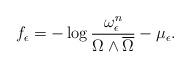
LaTeX: \begin{align*}f_\epsilon=-\log \frac{\omega_\epsilon^n}{\Omega\wedge\overline\Omega}-\mu_\epsilon.\end{align*}